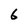
Character: 6